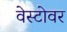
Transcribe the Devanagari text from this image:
वेस्टोवर